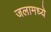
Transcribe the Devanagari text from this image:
जलामध्ये